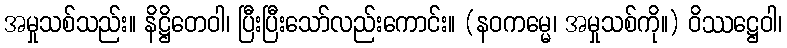
အမှုသစ်သည်း။ နိဋ္ဌိတေဝါ၊ ပြီးပြီးသော်လည်းကောင်း။ (နဝကမ္မေ၊ အမှုသစ်ကို။) ဝိဿဋ္ဌေဝါ၊